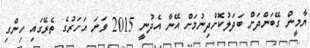
ޔާމީން ގޭބަންދަށް ބަދަލުކޮށްދިނުމަށް އޭނާ އެދުނީ 2015 ވަނަ އަހަރުގެ ތެރޭގައި ހިންގި